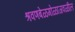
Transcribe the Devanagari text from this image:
श्रवणबेळगोळाजवळील